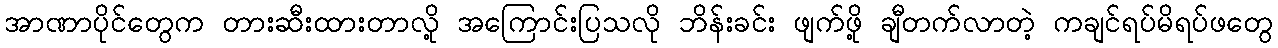
အာဏာပိုင်တွေက တားဆီးထားတာလို့ အကြောင်းပြသလို ဘိန်းခင်း ဖျက်ဖို့ ချီတက်လာတဲ့ ကချင်ရပ်မိရပ်ဖတွေ